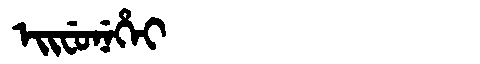
Manchu: ᡝᡳᠸᡠᠨᡝᡥᡝᡳ
Romanization: EIFUNEHEI